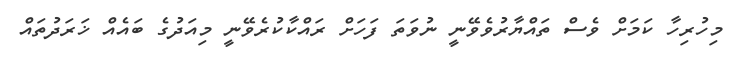
މިހުރިހާ ކަމަށް ވެސް ތައްޔާރުވެވޭނީ ނުވަތަ ފަހަށް ރައްކާކުރެވޭނީ މިއަދުގެ ބައެއް ޚަރަދުތައް